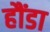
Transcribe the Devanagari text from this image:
हौंडा